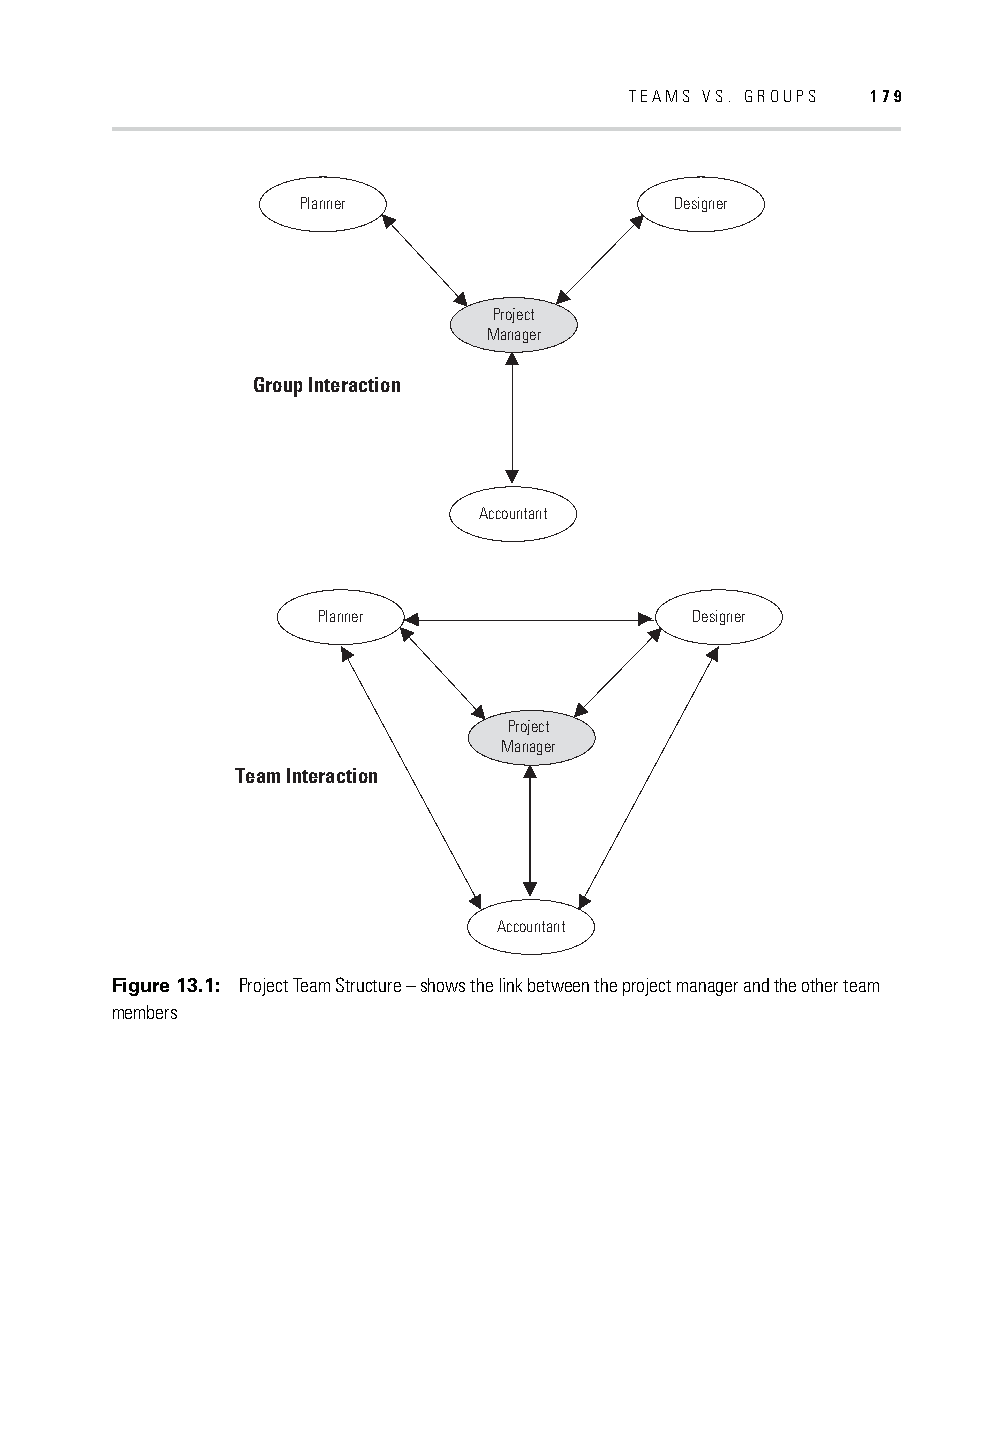
TEAMS VS. GROUPS 179
 Planner                  Designer
 Project
 Manager
 Group Interaction
 Accountant
 Planner                  Designer
 Project
 Manager
 Team Interaction
 Accountant
 Figure 13.1: Project Team Structure – shows the link between the project manager and the other team
 members